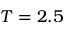
T = 2 . 5